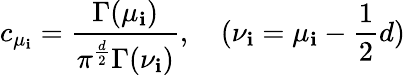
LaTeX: c_{\mu_{\mathbf{i}}}=\frac{{\Gamma(\mu_{\mathbf{i}})}}{{\pi^{\frac{{d}}{{2}}}\Gamma(\nu_{\mathbf{i}})}},\quad(\nu_{\mathbf{i}}=\mu_{\mathbf{i}}-\frac{{1}}{{2}}d)